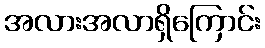
အလားအလာရှိကြောင်း